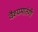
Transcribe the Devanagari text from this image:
वैश्यमातंगी